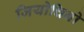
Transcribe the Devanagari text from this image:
जियोचिनो